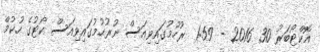
އޮކްޓޯބަރު 30